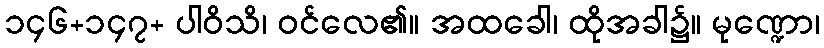
၁၄၆+၁၄၇+ ပါဝိသိ၊ ဝင်လေ၏။ အထခေါ၊ ထိုအခါ၌။ မုဏ္ဍော၊